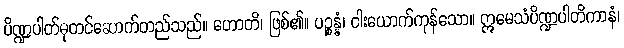
ပိဏ္ဍပါတ်ဓုတင်ဆောက်တည်သည်။ ဟောတိ၊ ဖြစ်၏။ ပဉ္စန္နံ၊ ငါးယောက်ကုန်သော။ ဣမေသံပိဏ္ဍပါတိကာနံ၊